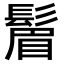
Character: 𬴮